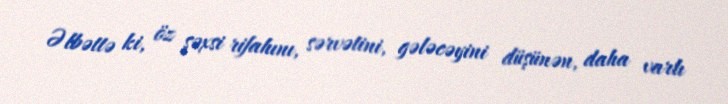
Əlbəttə ki, öz şəxsi rifahını, sərvətini, gələcəyini düşünən, daha varlı